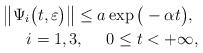
LaTeX: \begin{align*} \big\|\Psi_{i}\big(t,\varepsilon\big)\big\|\le a\exp\big(-\alpha t\big),\ \\ \ i=1,3,\ \ \ \ 0\le t < +\infty,\end{align*}